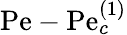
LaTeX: \mathrm{Pe}-\mathrm{Pe}_{c}^{(1)}